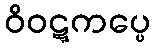
ဝိဝဋ္ဋကပ္ပေ